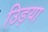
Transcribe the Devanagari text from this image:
उिड़या